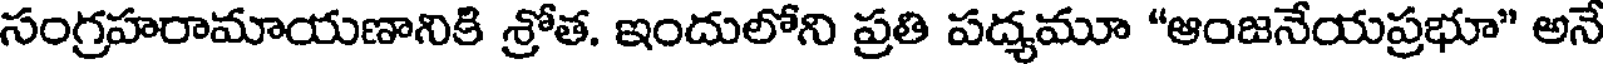
సంగ్రహరామాయణానికి శ్రోత. ఇందులోని ప్రతి పద్యమూ "ఆంజనేయప్రభూ" అనే